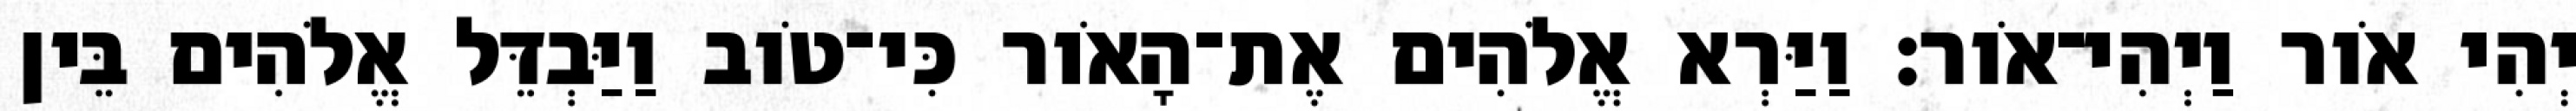
יְהִי אֹור וַיְהִי־אֹור׃ וַיַּרְא אֱלֹהִים אֶת־הָאֹור כִּי־טֹוב וַיַּבְדֵּל אֱלֹהִים בֵּין